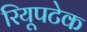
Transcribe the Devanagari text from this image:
रियूपटेक